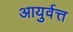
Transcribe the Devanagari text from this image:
आयुर्वत्त